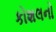
કોશલનો